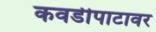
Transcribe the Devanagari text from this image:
कवडीपाटावर